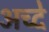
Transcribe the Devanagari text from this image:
अच्दे